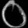
Digit: ၀